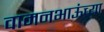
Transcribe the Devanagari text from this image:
वामनभाऊंच्या